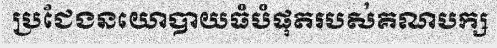
ប្រជែងនយោបាយធំបំផុតរបស់គណបក្ស